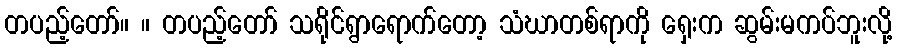
တပည့်တော်။ ။ တပည့်တော် သရိုင်ရွာရောက်တော့ သံဃာတစ်ရာကို ရှေးက ဆွမ်းမကပ်ဘူးလို့